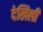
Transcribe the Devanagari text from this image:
देखिली